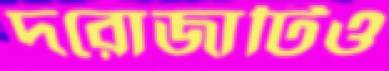
দরোজাটিও